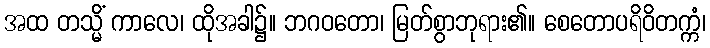
အထ တသ္မိံ ကာလေ၊ ထိုအခါ၌။ ဘဂဝတော၊ မြတ်စွာဘုရား၏။ စေတောပရိဝိတက္ကံ၊